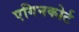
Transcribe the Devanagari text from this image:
एगिनकोर्ट